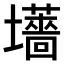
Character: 𫮽